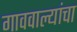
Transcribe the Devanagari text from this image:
गाववाल्यांचा